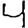
Digit: 4